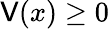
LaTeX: \mathsf{V}(x)\geq0